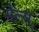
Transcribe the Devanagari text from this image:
सेल्स्